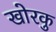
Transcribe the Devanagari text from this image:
खोरकु